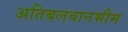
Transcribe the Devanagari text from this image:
अतिबलवानभीम